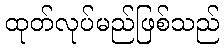
ထုတ်လုပ်မည်ဖြစ်သည်